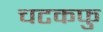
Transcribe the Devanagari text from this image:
चटकफु